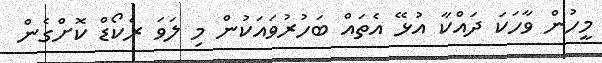
މީހުން ވާހަކަ ދައްކާ އުޅޭ އެތައް ބަހުރުވައަކުން މި ލަވަ ރެކޯޑް ކޮށްގެން